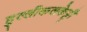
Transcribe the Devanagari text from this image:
हुल्लीकलकेट्टी